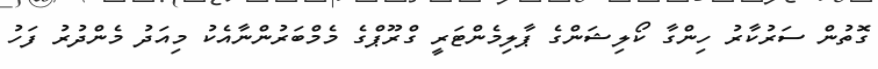
ގޮތުން ސަރުކާރު ހިންގާ ކޯލިޝަންގެ ޕާލިމެންޓަރީ ގްރޫޕްގެ މެމްބަރުންނާއެކު މިއަދު މެންދުރު ފަހު